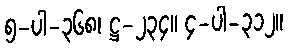
၅-ပါ-၃၆၈၊ ဋ္ဌ-၂၃၄။ ၄-ပါ-၃၁၂။